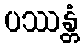
ပဿန္တံ